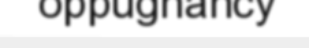
oppugnancy